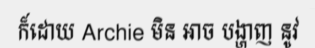
ក៏ដោយ Archie មិន អាច បង្ហាញ នូវ